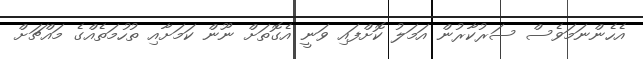
އެހެންނަމަވެސް ސަރުކާރުން އަމަލު ކޮށްފައި ވަނީ އެގޮތަށް ނޫން ކަމަށާއި ތުހުމަތެއްގެ މައްޗަށް